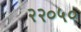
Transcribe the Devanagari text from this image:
२२०५०